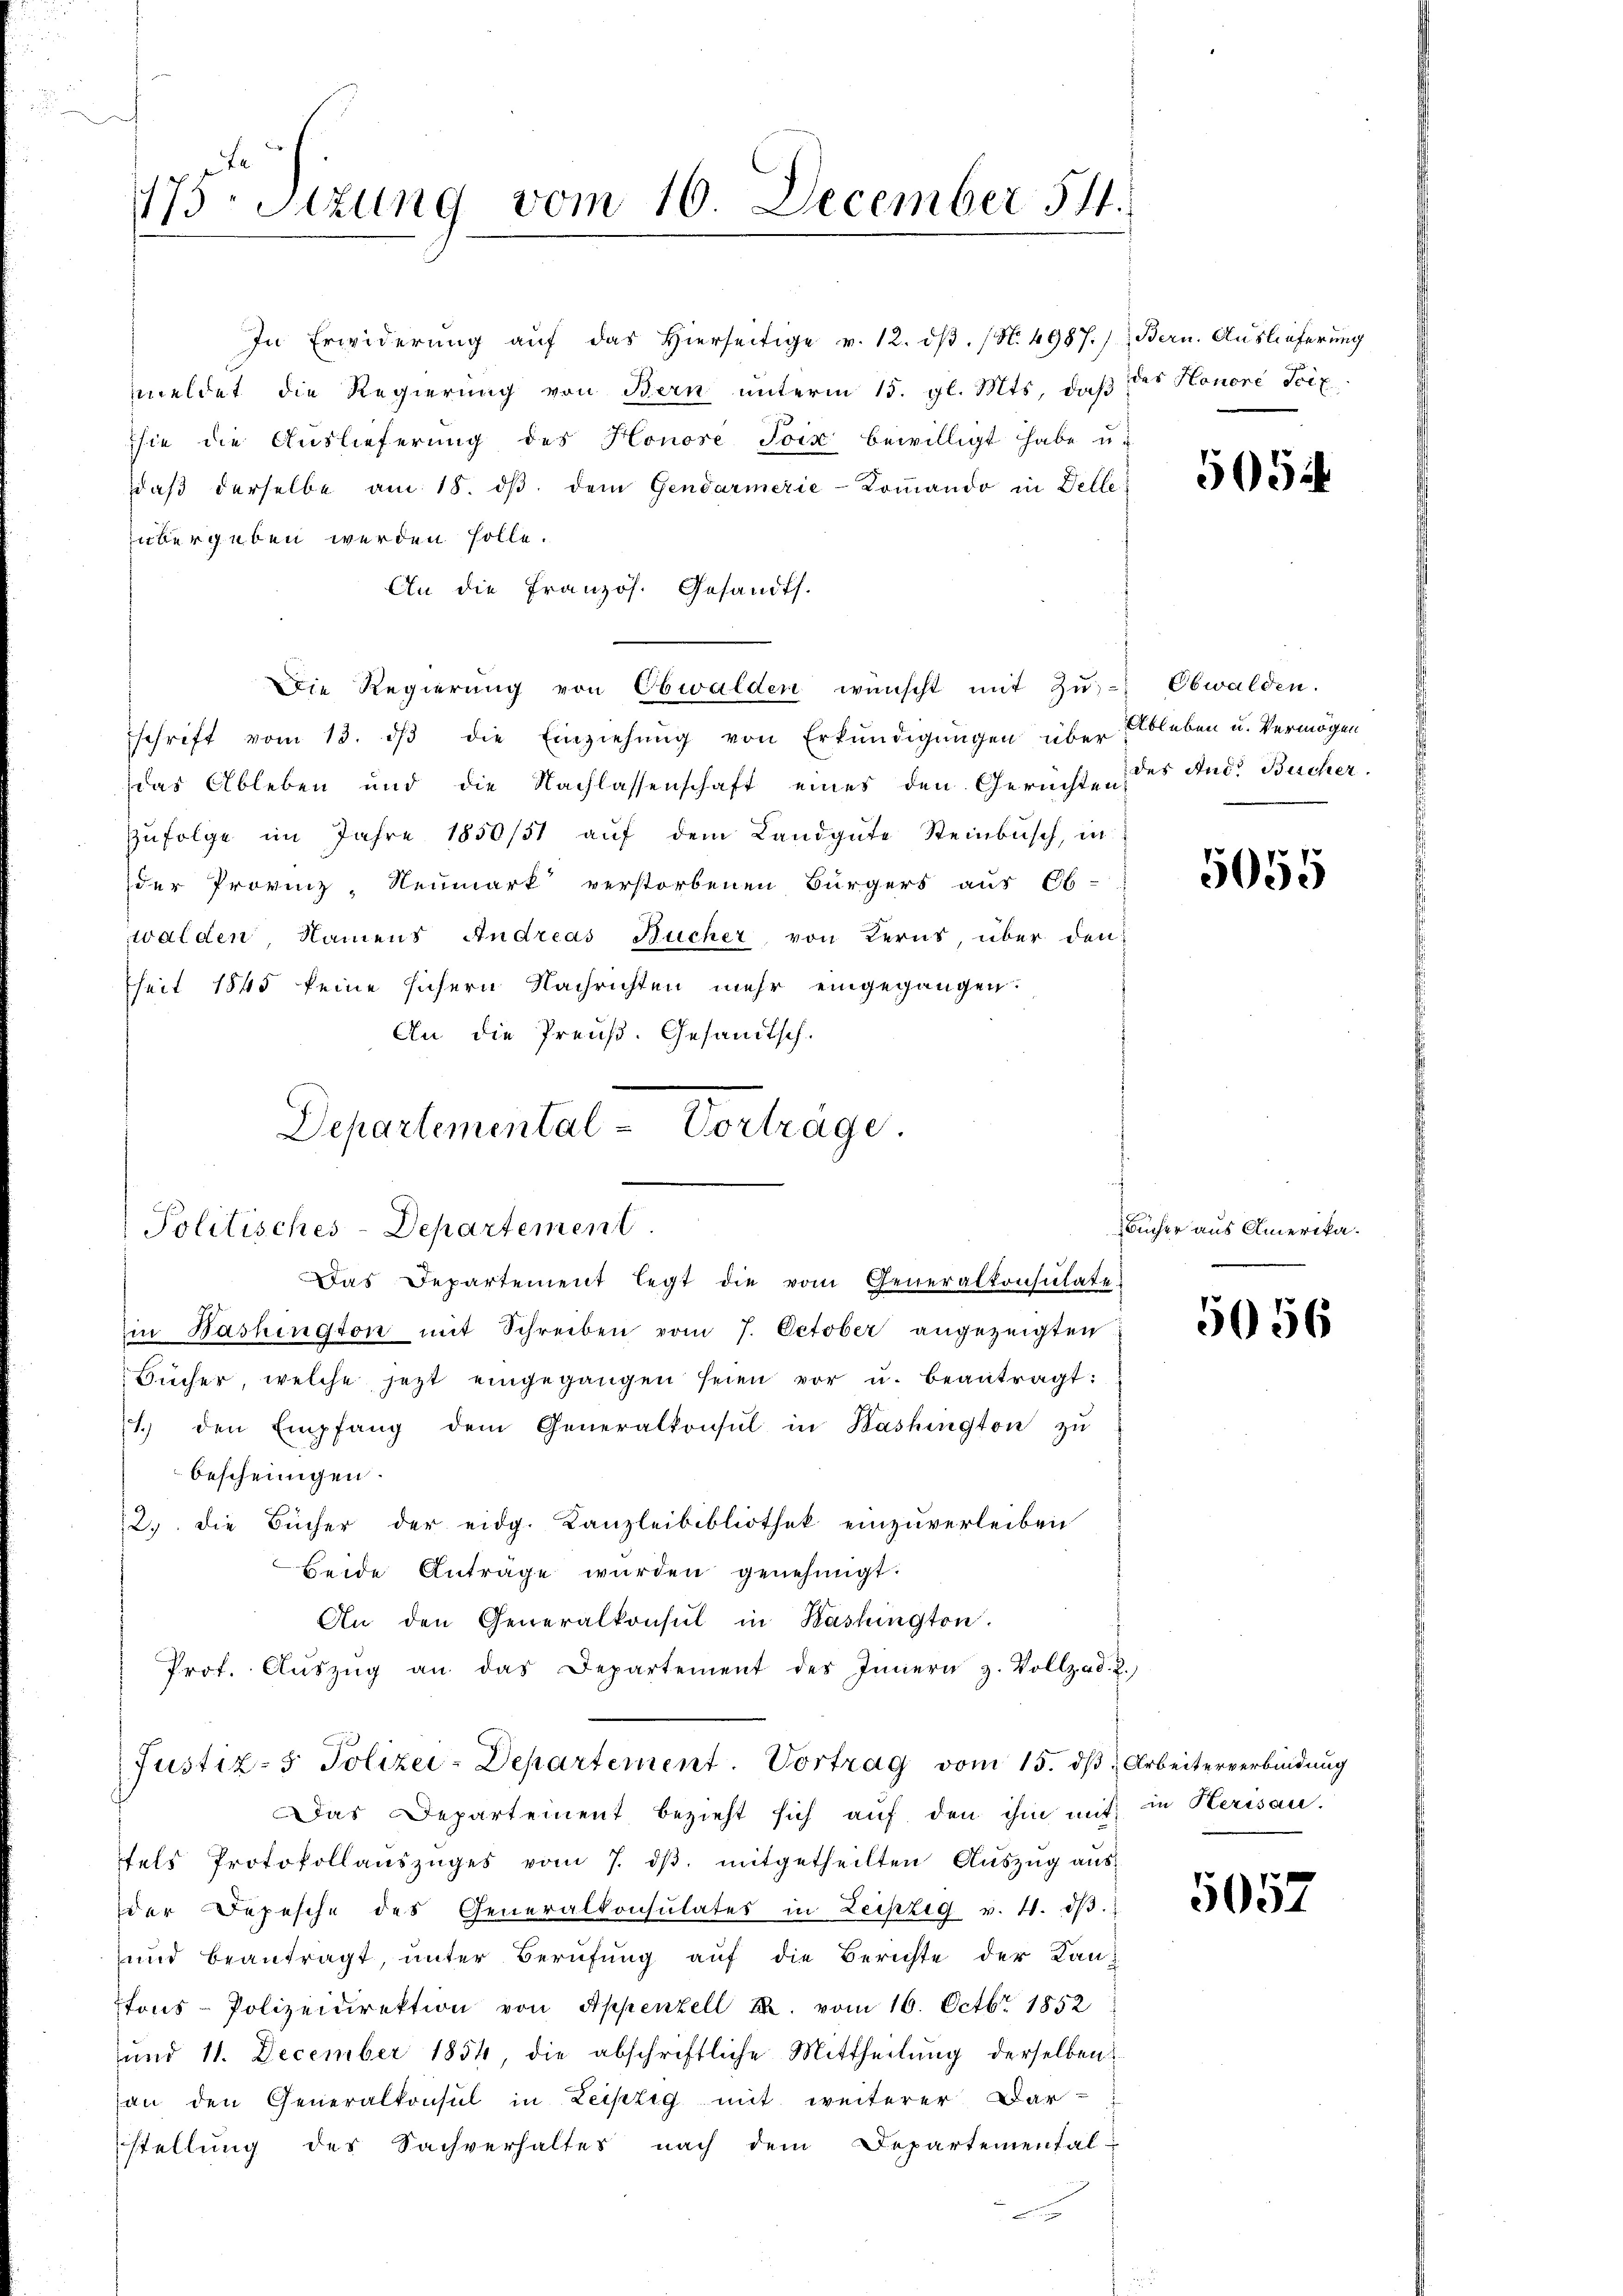
175. Sizung vom 16. December 54.

In Erwiderŭng aŭf das hierseitige v. 12. dβ. (N. 4987.) Bern. Auslieferung
meldet die Regierung von Bern unterm 15. gl. Mts, daß des Honore Scie
sie die Auslieferung des Honore Toix bewilligt habe u.
daβ derselbe am 18. dβ. dem Gendarmerie-Coṁando in Delle
übergeben werden solle.
An die Französ. Gesandts.
schrift vom 13. dβ die Einziehŭng von Erkŭndigungen über Ableben u. Vermögen
das Ableben und die Nachlassenschaft eines den Gerichten des And. Becher,
zŭfolge im Jahre 1850/31 aŭf dem Landgute Steinbusch, in
der Provinz- Neumark verstorbenen Bürgers aus Ob-
walden, Namens Andreas Bucher von Kerns, über den
seit 1845 keine sichern Nachrichten mehr eingegangen.
An die Preuß. Gesandtsch.
Departemental-Vorträge.

Die Regierung von Obwalden wünscht mit Zŭ- Obwalden.

Politisches-Departement.
Das Departement legt die vom Generalkonsulate

in Washington mit Schreiben vom 7. October angezeigten
Bücher, welche jetzt eingegangen seien vor u. beantragt:
1.) den Empfang dem Generalkonsul in Kashington zŭ
bescheinigen.
2. die Bücher der eidg. Kanzleibibliothek einzuverleiben
Beide Antrage wurden genehmigt.
An den Generalkonsul in Kashington.
Prof. Aŭszŭg an das Departement des Innern z. Vollzad. 2.
Das Departement bezieht sich aŭf den ihm mit in Herisau.
fels Protokollaŭszŭges vom 7. dβ. mitgetheilten Aŭszŭg aŭs-
der Depesche des Generalkonsulates in Leipzig v. 4. dβ.
und beantragt, unter Berufung auf die Berichte der Kan-
tons-Polizeidirektion von Appenzell II. vom 16. Octbr. 1852
und 11. December 1854, die abschriftliche Mittheilung derselben
an den Generalkonsul in Leipzig mit weiterer Dar-
stellŭng des Sachverhaltes nach dem Departemental-

Justiz- & Polizei-Departement. Vortrag vom 15. dβ  Arbeiterverbindung

5054

5055

Bücher aus Amerika.

5056

5052